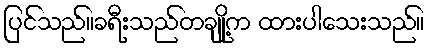
ပြင်သည်။ခရီးသည်တချို့က ထားပါသေးသည်။